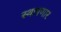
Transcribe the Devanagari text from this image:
स्थापणार